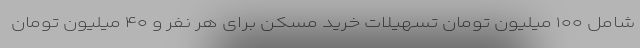
شامل ۱۰۰ میلیون تومان تسهیلات خرید مسکن برای هر نفر و ۴۰ میلیون تومان